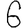
Digit: 6